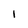
Character: I